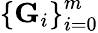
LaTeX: \left\{ {\mathbf G}_{i}\right\} _{i=0}^{m}